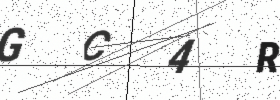
Text: GC4R